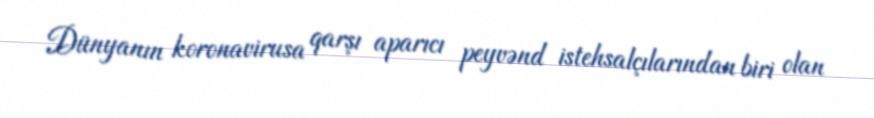
Dünyanın koronavirusa qarşı aparıcı peyvənd istehsalçılarından biri olan